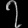
Digit: ၇